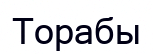
Торабы